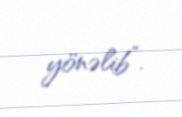
yönəlib”.